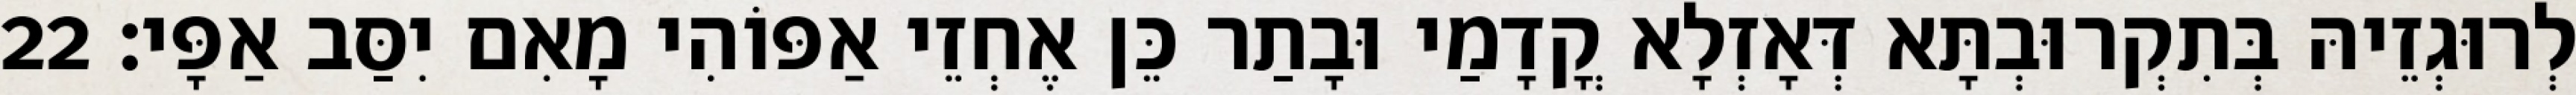
לְרוּגְזֵיהּ בְּתִקְרוּבְתָּא דְּאָזְלָא קֳדָמַי וּבָתַר כֵּן אֶחְזֵי אַפּוֹהִי מָאִם יִסַּב אַפָּי׃ 22